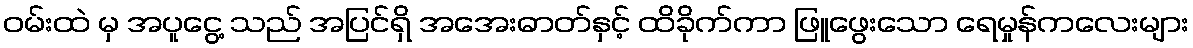
ဝမ်းထဲ မှ အပူငွေ့ သည် အပြင်ရှိ အအေးဓာတ်နှင့် ထိခိုက်ကာ ဖြူဖွေးသော ရေမှုန်ကလေးများ